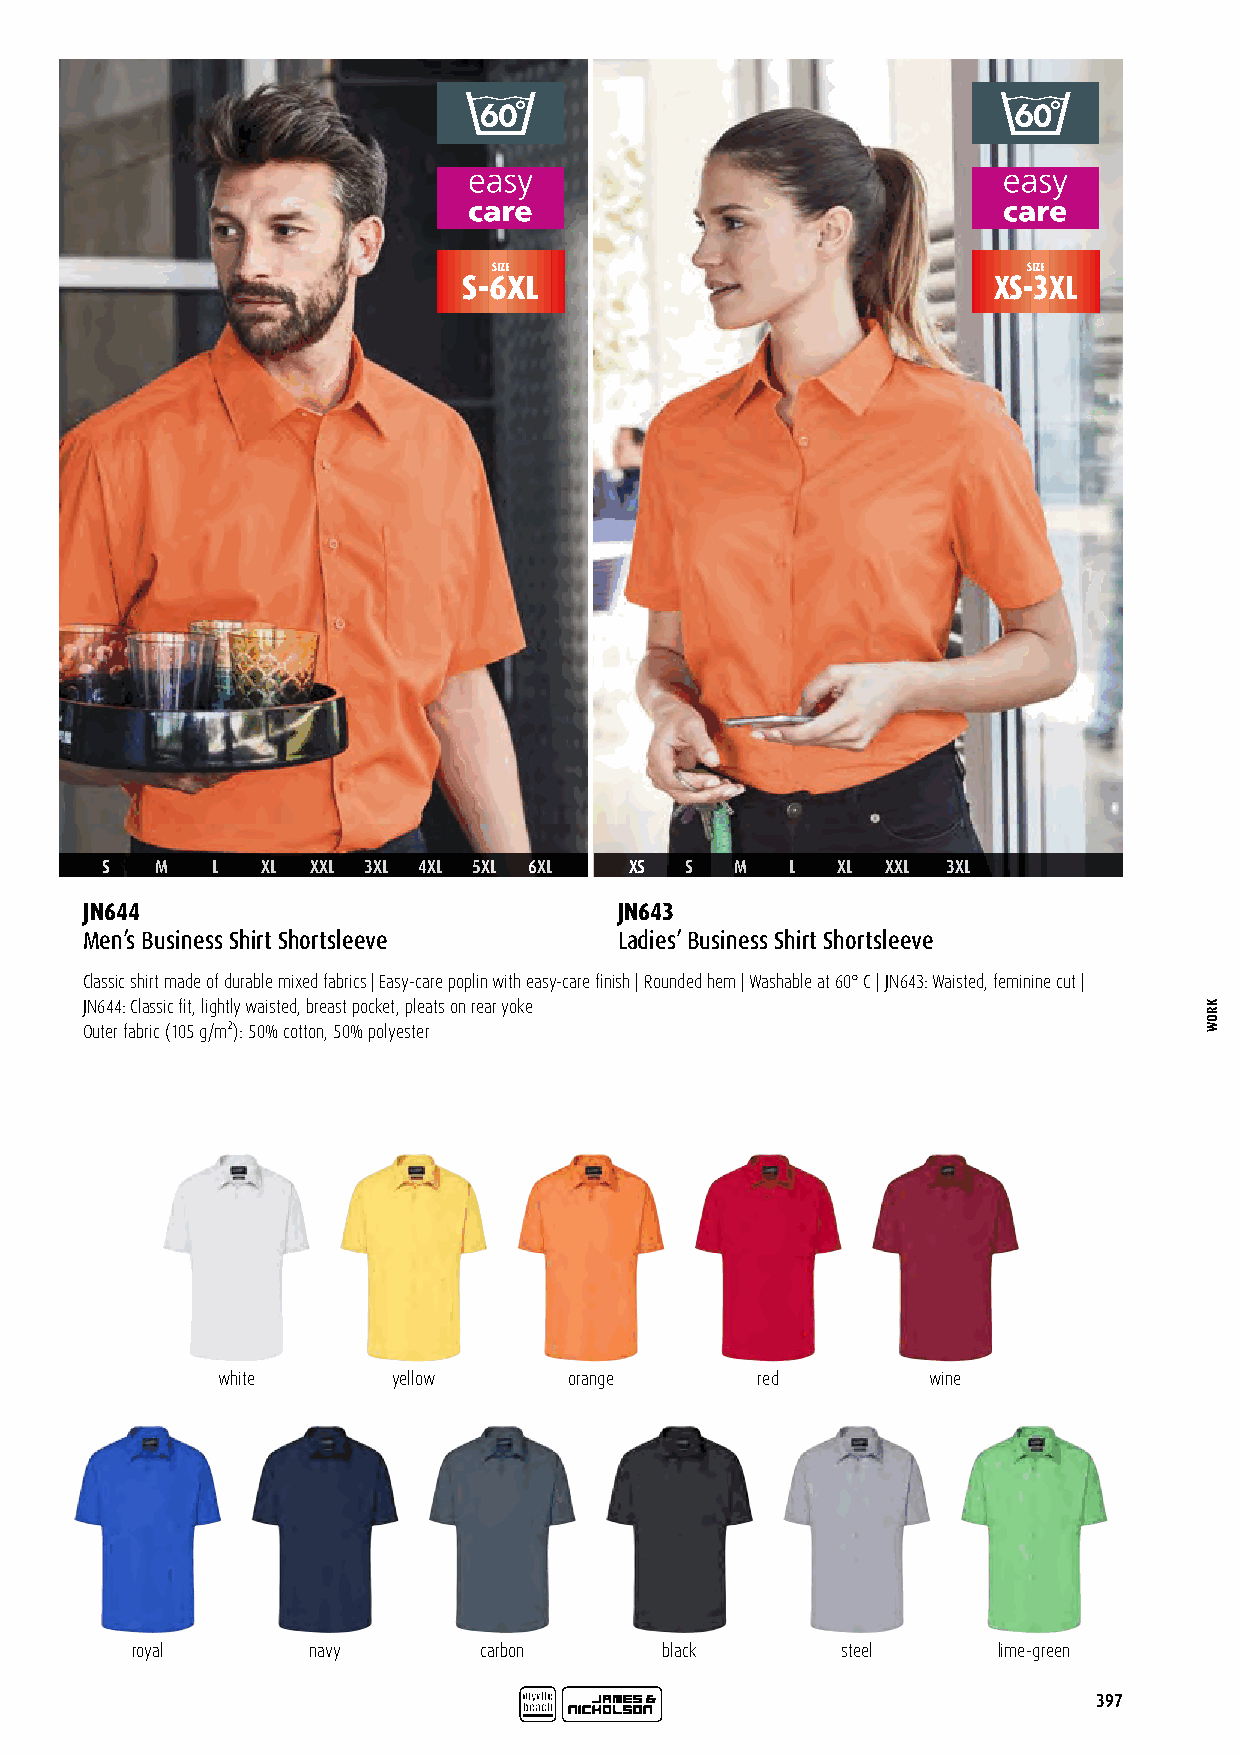
SIZE                               SIZE
 S-6XL                              XS-3XL
 S  M   L  XL  XXL 3XL 4XL 5XL 6XL  XS S   M  L  XL  XXL 3XL
 JN644                               JN643
 Men’s Business Shirt Shortsleeve    Ladies’ Business Shirt Shortsleeve
 Classic shirt made of durable mixed fabrics | Easy-care poplin with easy-care finish | Rounded hem | Washable at 60° C | JN643: Waisted, feminine cut |
 JN644: Classic fit, lightly waisted, breast pocket, pleats on rear yoke
 Outer fabric (105 g/m²): 50% cotton, 50% polyester
 white       yellow      orange      red        wine
 royal      navy        carbon      black       steel     lime-green
 397
 KROW